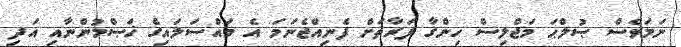
ނަމަވެސް ޞުލްޙަ މަޖްލިސް ހިންގާ ފަރާތަށް ފެނިއްޖެނަމަ އެ މައްސަލައިގެ ޚަޞްމުންނާއި އަދި